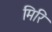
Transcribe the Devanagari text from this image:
मिरिं